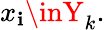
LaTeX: x_{\mathbf{i}}\inY_{k}.